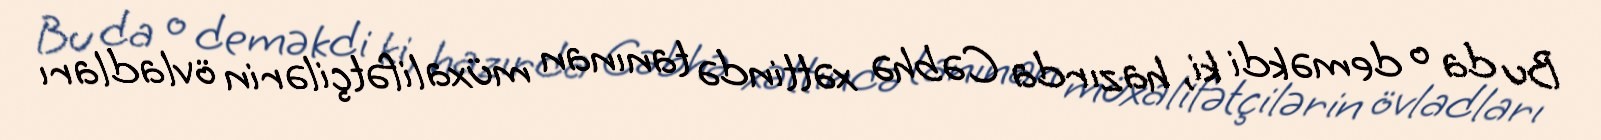
Bu da o deməkdi ki, hazırda Cəbhə xəttində tanınan müxalifətçilərin övladları